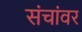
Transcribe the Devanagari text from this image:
संचांवर